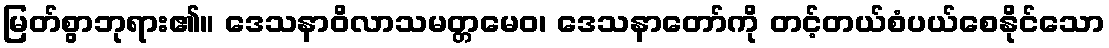
မြတ်စွာဘုရား၏။ ဒေသနာဝိလာသမတ္တမေဝ၊ ဒေသနာတော်ကို တင့်တယ်စံပယ်စေနိုင်သော